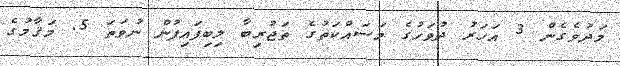
މަދުވެގެން 3 އަހަރު ދުވަހުގެ މަސައްކަތުގެ ތަޖުރިބާ ލިބިފައިފުން ނުވަތަ 5. މަޤާމުގެ